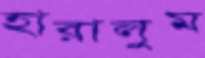
হারালুম